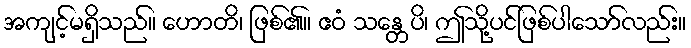
အကျင့်မရှိသည်။ ဟောတိ၊ ဖြစ်၏။ ဧဝံ သန္တေပိ၊ ဤသို့ပင်ဖြစ်ပါသော်လည်း။